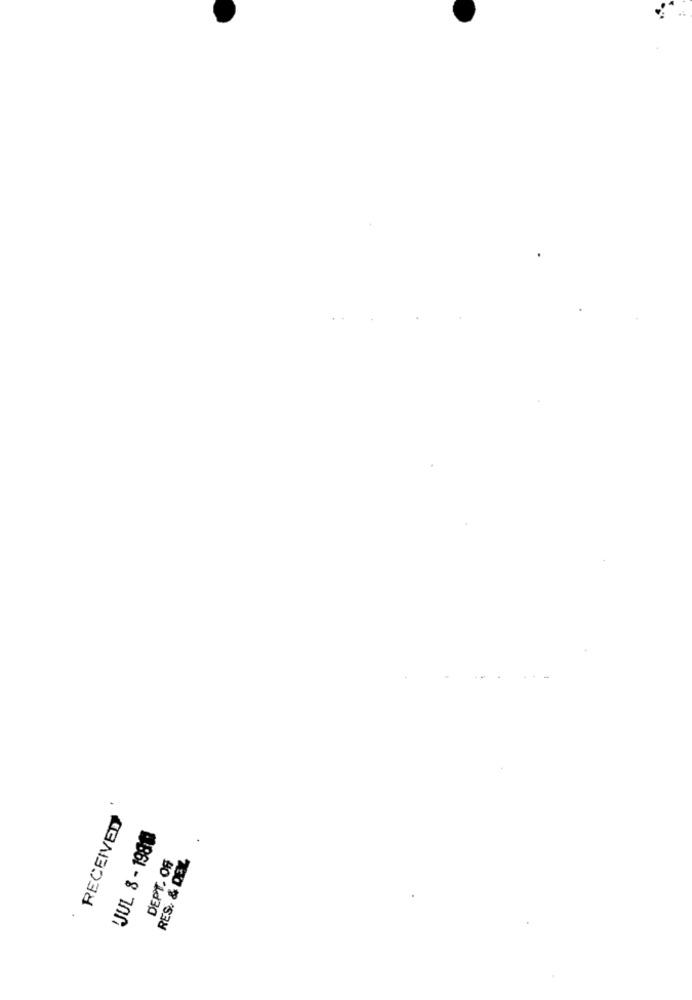
RECEIVED
JUL 8 - 1980
DEPT. OF
RES. & DEX